Madras plague regulations in force outside the Presidency town - Volume 1
Disease focus: Plague
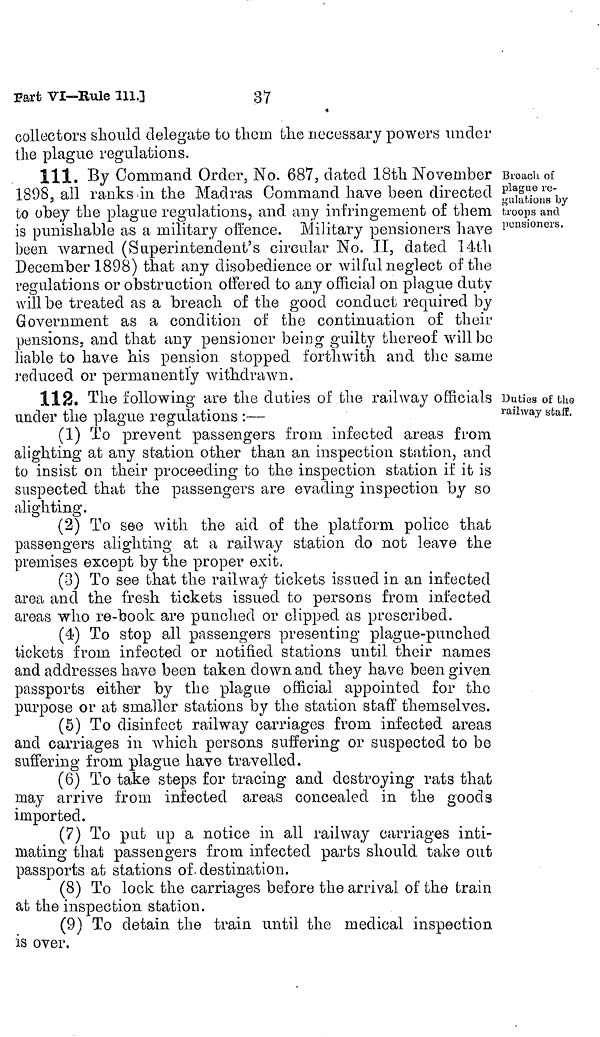
37
part VI—Rule 111.]
collectors should delegate to them the necessary powers under
the plague regulations.
Broach of
plague re-
gulations by
troops and
pensioners.
111. By Command Order, No. 687, dated 18th November
1898, all ranks in the Madras Command have been directed
to obey the plague regulations, and any infringement of them
is punishable as a military offence. Military pensioners have
been warned (Superintendent's circular No. II, dated 14th
December 1898) that any disobedience or wilful neglect of the
regulations or obstruction offered to any official on plague duty
Avili be treated as a breach of the good conduct required by
Government as a condition of the continuation of their
pensions, and that any pensioner being guilty thereof will bo
liable to have his pension stopped forthwith and the same
reduced or permanently withdrawn.
Duties of the
railway staff.
112. The following are the duties of the railway officials
under the plague regulations :—
(1) To prevent passengers from infected areas from
alighting at any station other than an inspection station, and
to insist on their proceeding to the inspection station if it is
suspected that the passengers are evading inspection by so
alighting.
(2) To see with the aid of the platform police that
passengers alighting at a railway station do not leave the
premises except by the proper exit.
(3) To see that the railway tickets issued in an infected
area and the fresh tickets issued to persons from infected
areas who re-book are punched or clipped as prescribed.
(4) To stop all passengers presenting plague-punched
tickets from infected or notified stations until their names
and addresses have been taken down and they have been given
passports either by the plague official appointed for the
purpose or at smaller stations by the station staff themselves.
(5) To disinfect railway carriages from infected areas
and carriages in which persons suffering or suspected to be
suffering from plague have travelled.
(6) To take steps for tracing and destroying rats that
may arrive from infected areas concealed in the goods
imported.
(7) To pub up a notice in all railway carriages inti-
mating that passengers from infected parts should take out
passports at stations of, destination.
(8) To lock the carriages before the arrival of the train
at the inspection station.
(9) To detain the train until the medical inspection
is over.